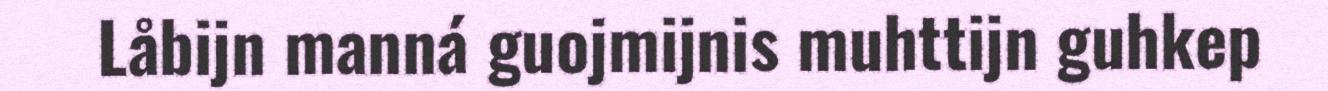
Låbijn manná guojmijnis muhttijn guhkep